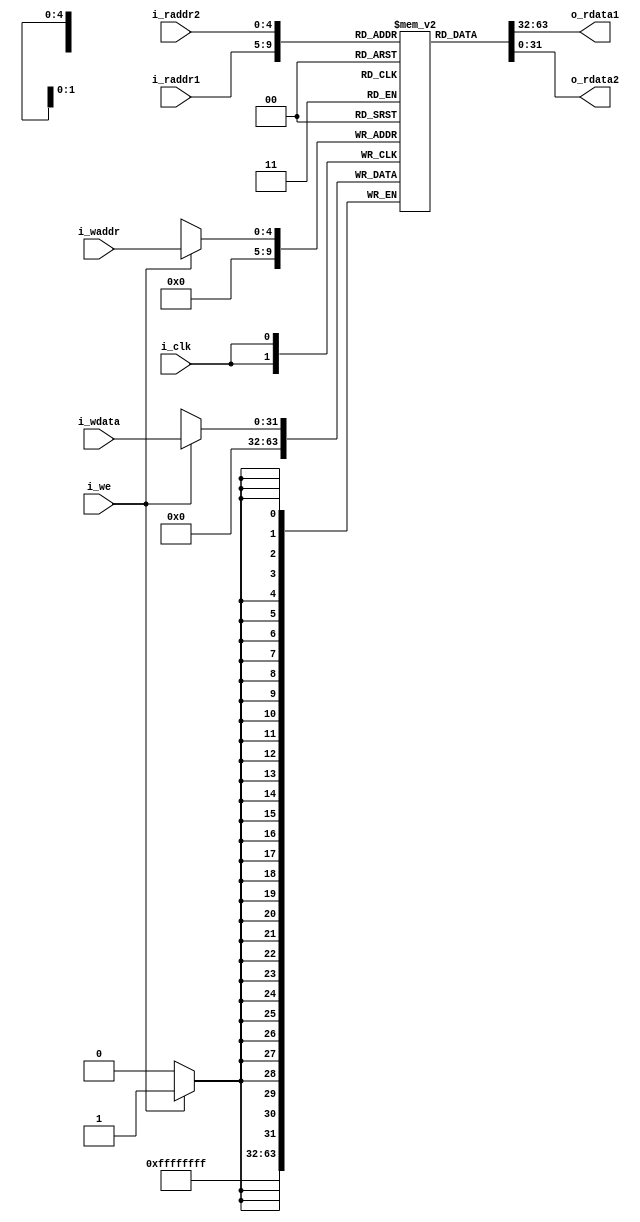
module regFile(i_clk, 
               i_raddr1, 
               i_raddr2, 
               i_waddr, 
               i_wdata, 
               i_we,
               o_rdata1,
               o_rdata2 
               );
               
input           i_clk, i_we;
input   [4:0]   i_raddr1, i_raddr2, i_waddr;
input   [31:0]  i_wdata;           
output  [31:0]  o_rdata1, o_rdata2;

reg [31:0] memory [0:31];

assign o_rdata1 = memory[i_raddr1];
assign o_rdata2 = memory[i_raddr2]; 

always @ (posedge i_clk) begin
    if(i_we) memory[i_waddr] <= i_wdata; 
    memory[0] <= 32'b0;
end

endmodule